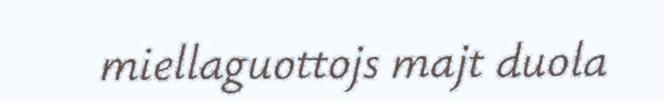
miellaguottojs majt duola